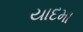
યાદમા